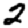
Digit: 2